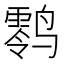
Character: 𱊪